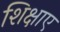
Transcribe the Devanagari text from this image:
शिक्षाए